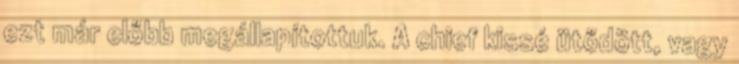
ezt már előbb megállapítottuk. A chief kissé ütődött, vagy